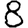
Digit: 8